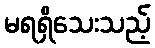
မရရှိသေးသည့်